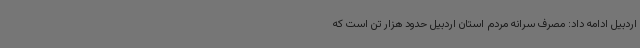
اردبیل ادامه داد: مصرف سرانه مردم استان اردبیل حدود هزار تن است که